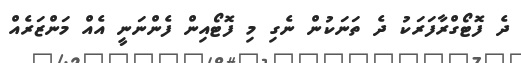
ދެ ފޮޓޯގްރާފަރަކު ދެ ތަނަކުން ނެގި މި ފޮޓޯއިން ފެންނަނީ އެއް މަންޒަރެއް